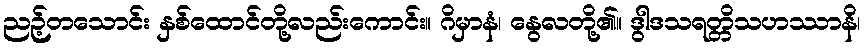
ညဉ့်တသောင်း နှစ်ထောင်တို့လည်းကောင်း။ ဂိမှာနံ၊ နွေလတို့၏။ ဒွါဒသရတ္တိသဟဿာနိ၊